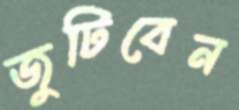
জুটিবেন